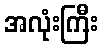
အလုံးကြီး